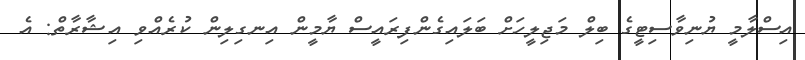
އިސްލާމީ ޔުނިވާސިޓީގެ ބިލް މަޖިލީހަށް ބަލައިގެންފިރައީސް ޔާމީން އިނގިލިން ކުރެއްވި އިޝާރާތް: އެ